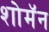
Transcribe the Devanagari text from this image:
शोमॅन